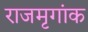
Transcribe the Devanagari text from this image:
राजमृगांक